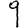
Digit: 9